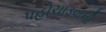
પહોચાડવાની